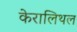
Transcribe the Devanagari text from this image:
केरालिथल